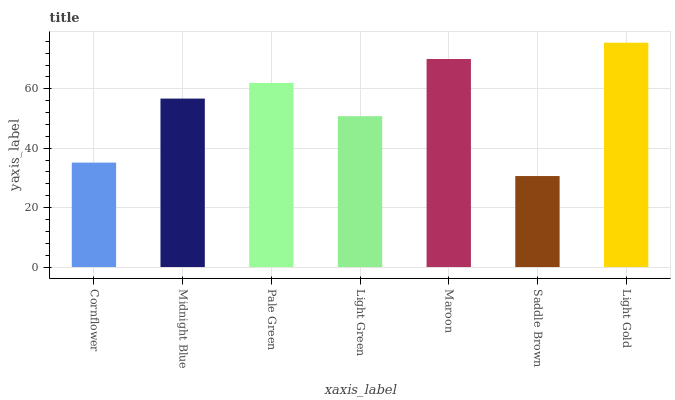
| xaxis_label | bars |
 | --- | --- |
 | Cornflower | 35.2 |
 | Midnight Blue | 56.7 |
 | Pale Green | 62 |
 | Light Green | 50.8 |
 | Maroon | 70 |
 | Saddle Brown | 30.6 |
 | Light Gold | 75.5 |